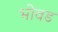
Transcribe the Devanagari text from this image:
भोवड